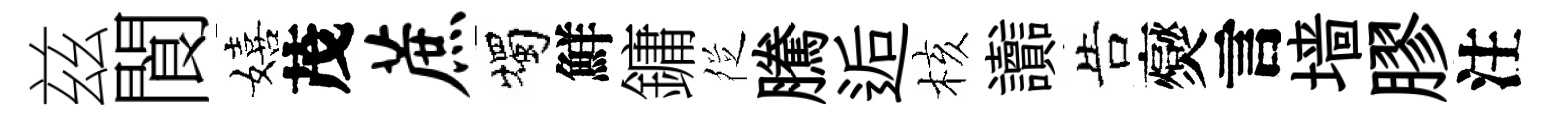
兹閬嬉茂蔗燭鮮鏞徔騰逅核讟告爕言墙膠注